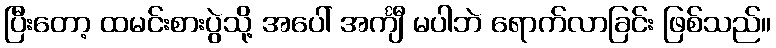
ပြီးတော့ ထမင်းစားပွဲသို့ အပေါ် အင်္ကျီ မပါဘဲ ရောက်လာခြင်း ဖြစ်သည်။